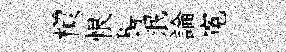
檟恨髻泯論寃